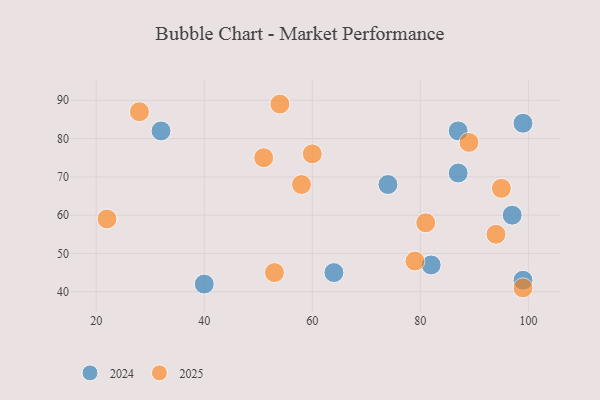
{"axis": {"x": "GDP", "y": "Life Expectancy"}, "legend": ["2024", "2025"], "data": [{"x": "60", "y": 76, "type": "2025"}, {"x": "28", "y": 87, "type": "2025"}, {"x": "81", "y": 58, "type": "2025"}, {"x": "58", "y": 68, "type": "2025"}, {"x": "94", "y": 55, "type": "2025"}, {"x": "53", "y": 45, "type": "2025"}, {"x": "99", "y": 41, "type": "2025"}, {"x": "51", "y": 75, "type": "2025"}, {"x": "89", "y": 79, "type": "2025"}, {"x": "22", "y": 59, "type": "2025"}, {"x": "54", "y": 89, "type": "2025"}, {"x": "95", "y": 67, "type": "2025"}, {"x": "79", "y": 48, "type": "2025"}, {"x": "82", "y": 47, "type": "2024"}, {"x": "40", "y": 42, "type": "2024"}, {"x": "99", "y": 43, "type": "2024"}, {"x": "87", "y": 71, "type": "2024"}, {"x": "74", "y": 68, "type": "2024"}, {"x": "87", "y": 82, "type": "2024"}, {"x": "97", "y": 60, "type": "2024"}, {"x": "99", "y": 84, "type": "2024"}, {"x": "32", "y": 82, "type": "2024"}, {"x": "64", "y": 45, "type": "2024"}]}